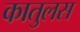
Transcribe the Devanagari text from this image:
कातुलस